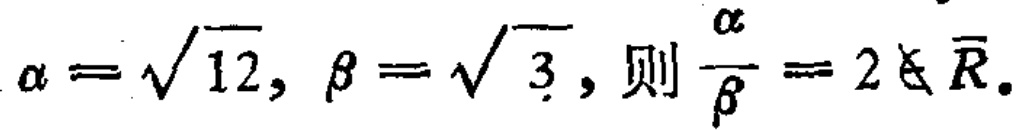
\(\alpha=\sqrt{12},\beta = \sqrt{3},\text{则}\frac{\alpha}{\beta}=2\notin \overline{R}.\)